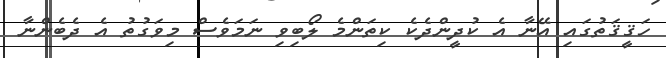
ހަޤީޤަތުގައި އޭނާ އެ ކުދީންދެކެ ކިތަންމެ ލޯބިވި ނަމަވެސް މިވަގުތު އެ ދެބެންނާ